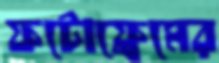
ফটোফ্রেমের